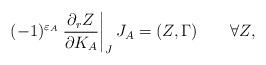
LaTeX: \begin{align*}(-1)^{\varepsilon_A}\left.{\partial_r Z\over \partial K_A}\right|_J J_A=(Z,\Gamma)\quad\quad\forall Z,\end{align*}